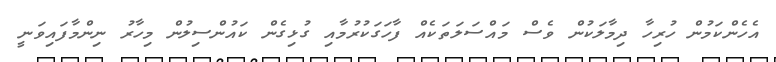
އެހެންކަމުން ހުރިހާ ދިމާލަކުން ވެސް މައްސަލަތަކެއް ފާހަގަކުރުމާއި ގުޅިގެން ކައުންސިލުން މިހާރު ނިންމާފައިވަނީ